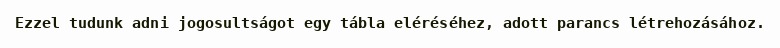
Ezzel tudunk adni jogosultságot egy tábla eléréséhez, adott parancs létrehozásához.